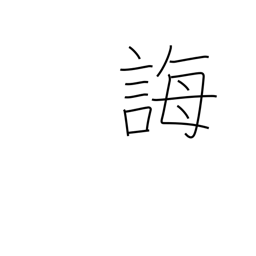
Meaning: instruct